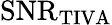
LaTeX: \textrm{SNR}_{\textrm{TIVA}}